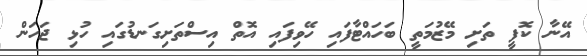
އޭނާ ކޮފީ ތަށި މޭޒުމަތީ ބަހައްޓާފައި ހޭވިފައި އޮތް އިސްތަށިގަނޑުގައި ހުޅި ޖަހަން